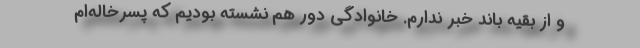
و از بقیه باند خبر ندارم. خانوادگی دور هم نشسته بودیم که پسرخاله‌ام